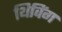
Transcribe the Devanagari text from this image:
थिविंग